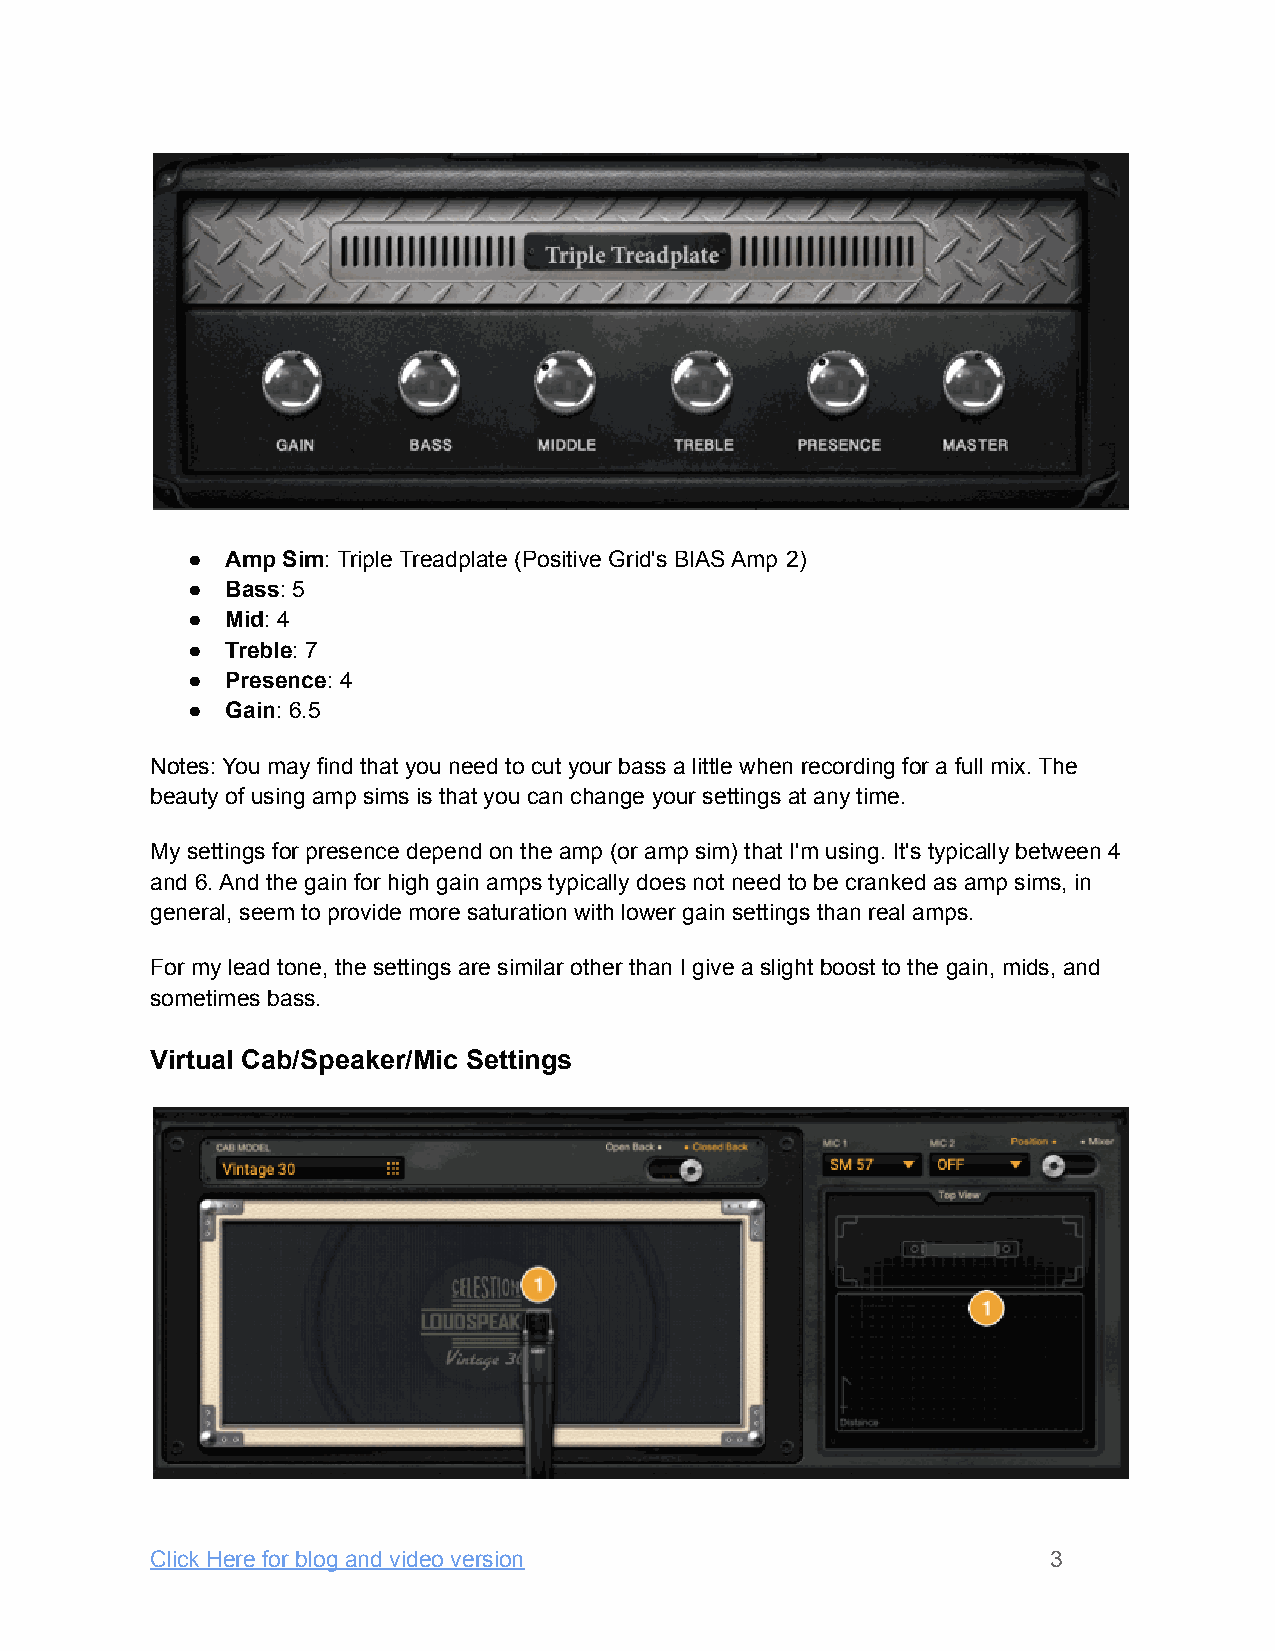
●  Amp Sim: Triple Treadplate (Positive Grid's BIAS Amp 2)
 ●  Bass: 5
 ●  Mid: 4
 ●  Treble: 7
 ●  Presence: 4
 ●  Gain: 6.5
 Notes: You may find that you need to cut your bass a little when recording for a full mix. The
 beauty of using amp sims is that you can change your settings at any time.
 My settings for presence depend on the amp (or amp sim) that I'm using. It's typically between 4
 and 6. And the gain for high gain amps typically does not need to be cranked as amp sims, in
 general, seem to provide more saturation with lower gain settings than real amps.
 For my lead tone, the settings are similar other than I give a slight boost to the gain, mids, and
 sometimes bass.
 Virtual Cab/Speaker/Mic Settings
 Click Here for blog and video version                       3